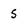
Character: s